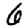
Digit: 6